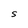
Character: S